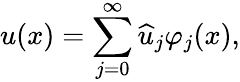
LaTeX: u(x)=\sum_{j=0}^{\infty}\widehat{u}_{j}\varphi_{j}(x),